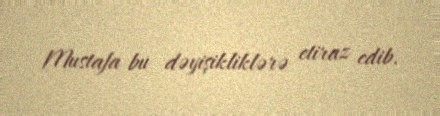
Mustafa bu dəyişikliklərə etiraz edib.